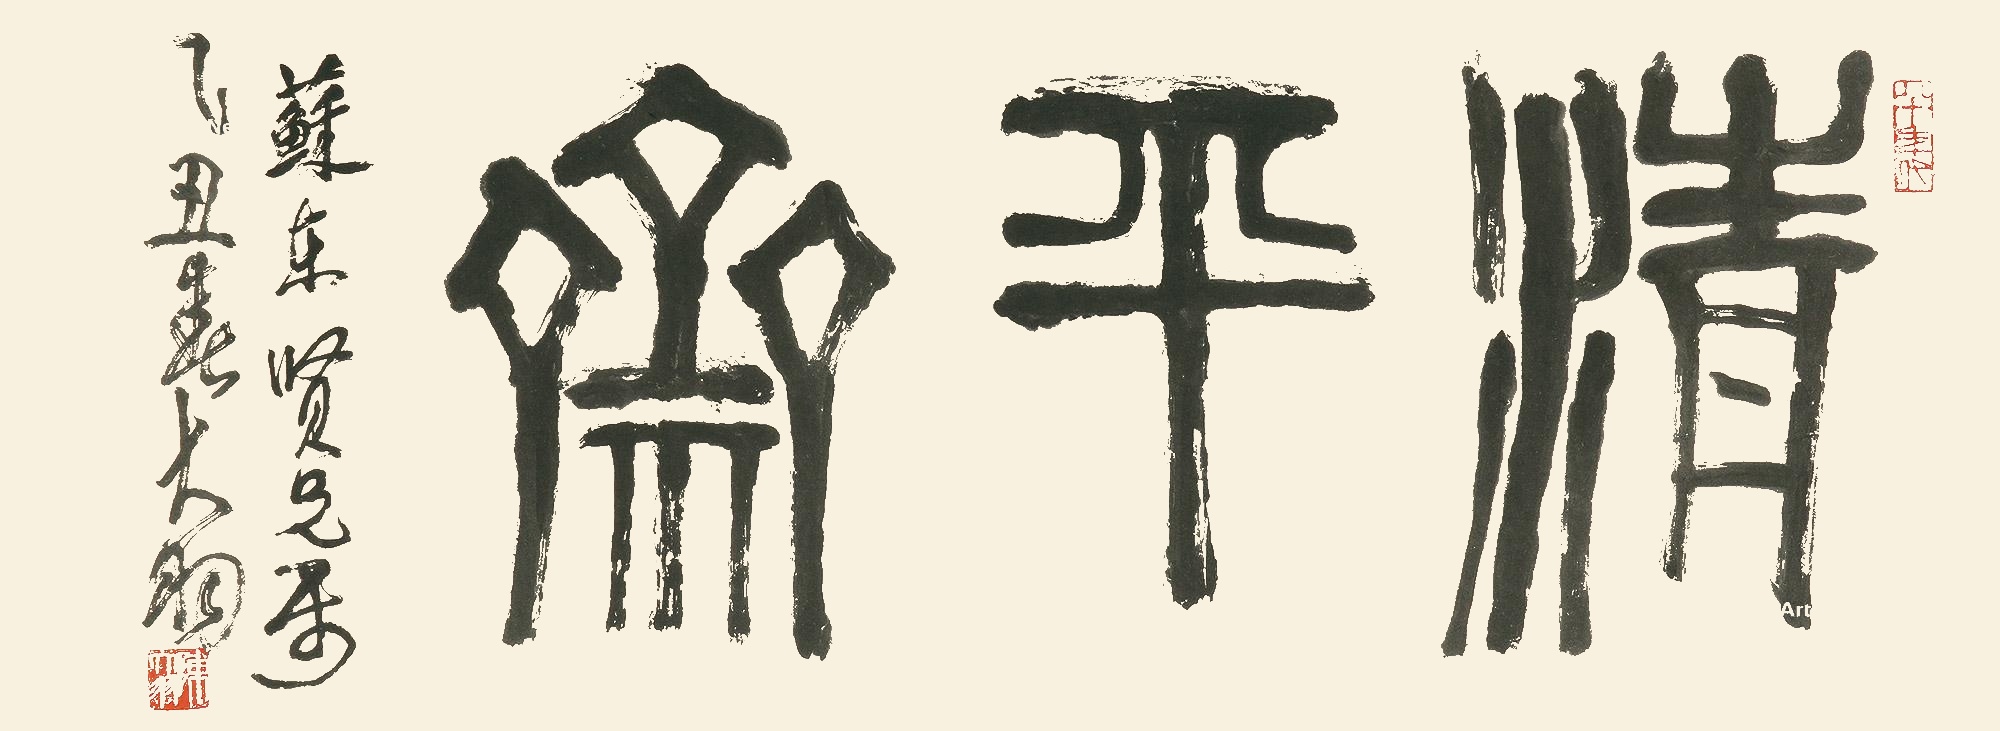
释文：清平斋镜心苏东贤兄属，乙丑春，大羽。